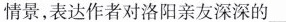
情景，表达作者对洛阳亲友深深的___